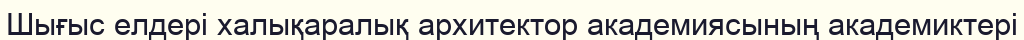
Шығыс елдері халықаралық архитектор академиясының академиктері